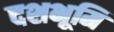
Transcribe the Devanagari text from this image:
दशभूमि